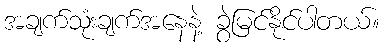
အချက်သုံးချက်အနေနဲ့ ခွဲမြင်နိုင်ပါတယ်။